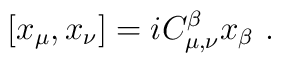
[x_\mu,x_\nu] = i C^\beta_{\mu,\nu} x_\beta ~.